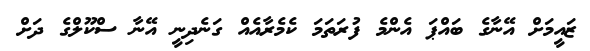
ޒައީމަށް އޭނާގެ ބައްޕަ އެންމެ ފުރަތަމަ ކެމެރާއެއް ގަނެދިނީ އޭނާ ސްކޫލްގެ ދަށް